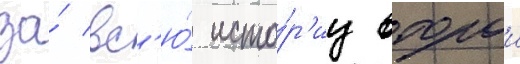
за́ вс'ю́ исто́р'иу второи